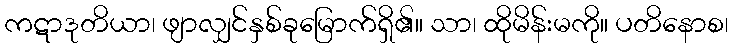
ကဋာဒုတိယာ၊ ဖျာလျှင်နှစ်ခုမြောက်ရှိ၏။ သာ၊ ထိုမိန်းမကို။ ပတိနောစ၊